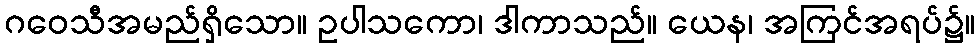
ဂဝေသီအမည်ရှိသော။ ဥပါသကော၊ ဒါကာသည်။ ယေန၊ အကြင်အရပ်၌။